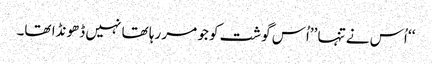
‘‘ اُس نے تنہا ’’اُس گوشت کو جو مر رہا تھا نہیں ڈھونڈا تھا۔